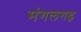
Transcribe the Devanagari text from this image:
मंगलगढ़